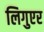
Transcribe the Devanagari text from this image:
लिगुएर